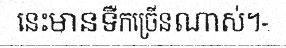
នេះមានទឺកច្រើនណាស់។-